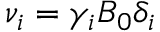
\nu _ { i } = \gamma _ { i } B _ { 0 } \delta _ { i }